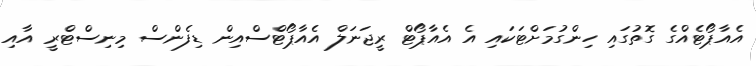
އެއާޕޯޓެއްގެ ގޮތުގައި ހިންގުމަށްޓަކައި އެ އެއާޕޯޓް ރީޖަނަލް އެއާޕޯޓްސްއިން ޑިފެންސް މިނިސްޓްރީ އާއި